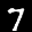
Label: 7